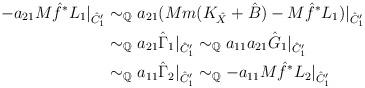
LaTeX: \begin{align*}-a_{21}M\hat{f}^*L_1|_{\hat{C}'_1} &\sim_{\mathbb{Q}} a_{21}(Mm(K_{\hat{X}} + \hat{B}) - M\hat{f}^*L_1)|_{\hat{C}'_1}\\&\sim_{\mathbb{Q}} a_{21}\hat{\Gamma}_1|_{\hat{C}'_1} \sim_{\mathbb{Q}} a_{11}a_{21}\hat{G}_1|_{\hat{C}'_1}\\&\sim_{\mathbb{Q}} a_{11}\hat{\Gamma}_2|_{\hat{C}'_1} \sim_{\mathbb{Q}} -a_{11}M\hat{f}^*L_2|_{\hat{C}'_1}\end{align*}